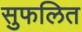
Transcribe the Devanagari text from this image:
सुफलित